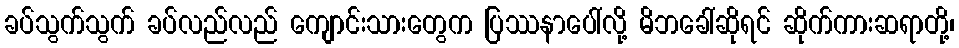
ခပ်သွက်သွက် ခပ်လည်လည် ကျောင်းသားတွေက ပြဿနာပေါ်လို့ မိဘခေါ်ဆိုရင် ဆိုက်ကားဆရာတို့၊